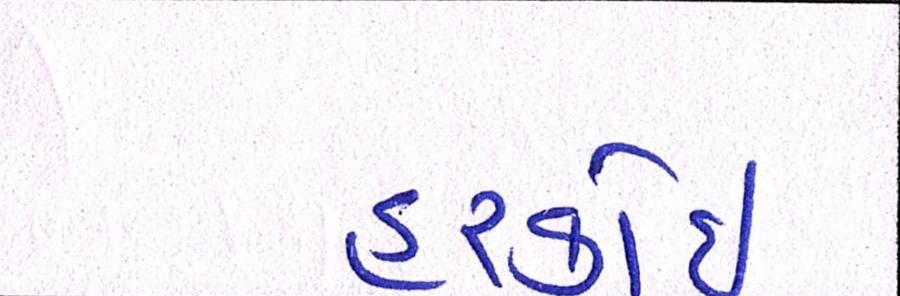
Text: હરકોઈ